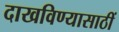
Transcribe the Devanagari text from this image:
दाखविण्यासाठीं